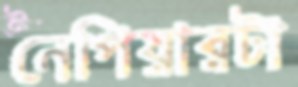
নেপিয়ারটা